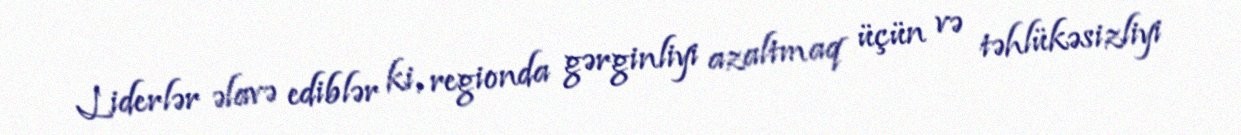
Liderlər əlavə ediblər ki, regionda gərginliyi azaltmaq üçün və təhlükəsizliyi